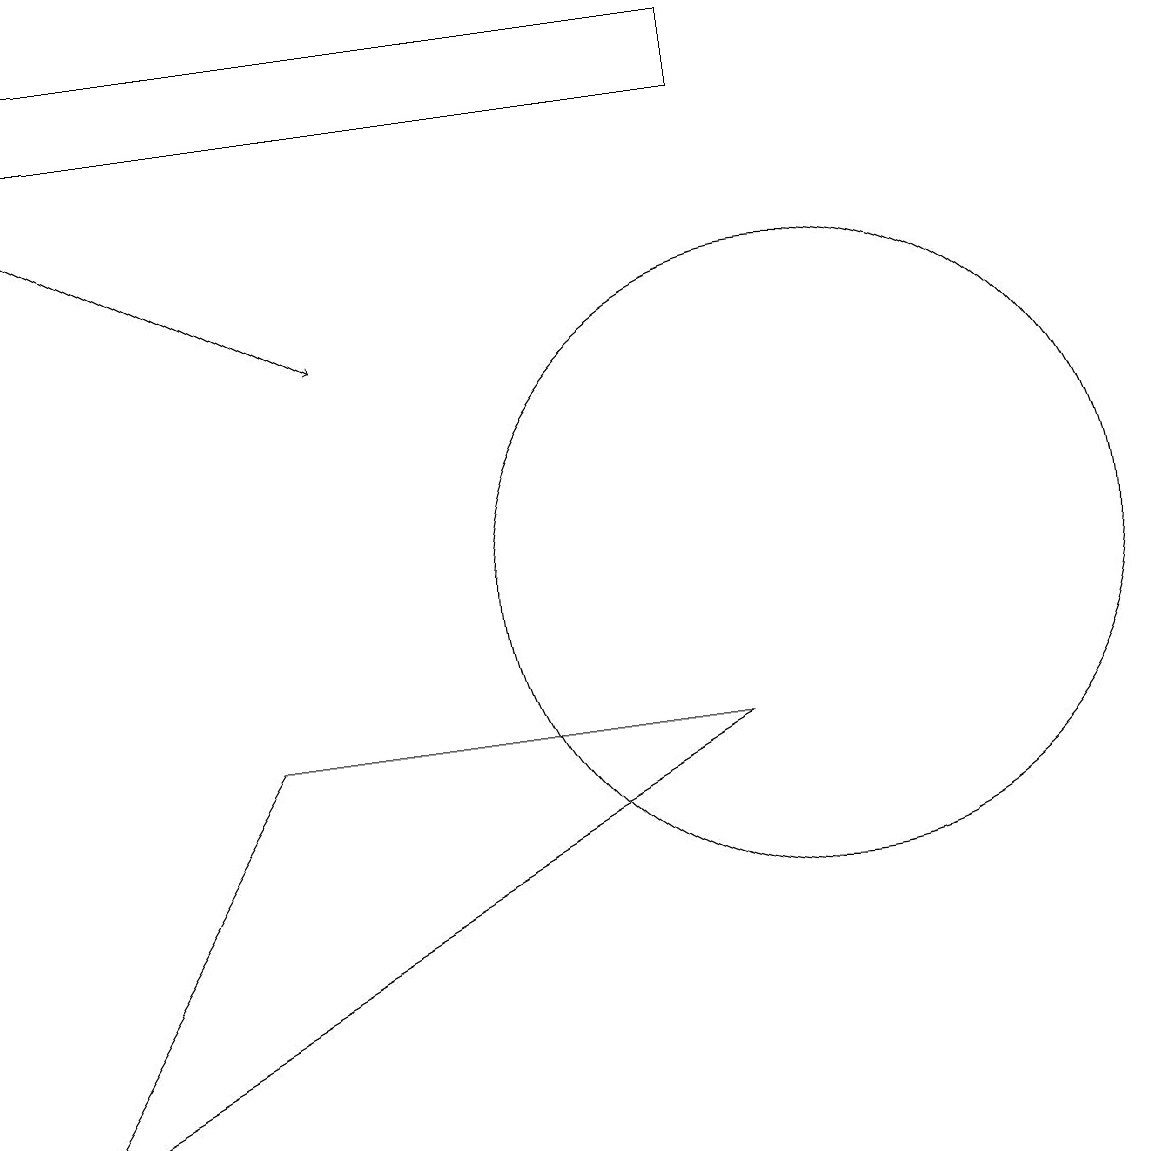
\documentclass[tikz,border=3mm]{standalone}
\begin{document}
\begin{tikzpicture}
\draw (10,10) circle (4);
\draw (0,3) -- (9,8) -- (3,8) -- cycle;
\draw (0,17) rectangle (9,16);
\draw[->] (0,15) -- (4,13);
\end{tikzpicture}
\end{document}